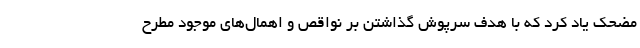
مضحک‌ یاد کرد که با هدف سرپوش گذاشتن بر نواقص و اهمال‌های موجود مطرح